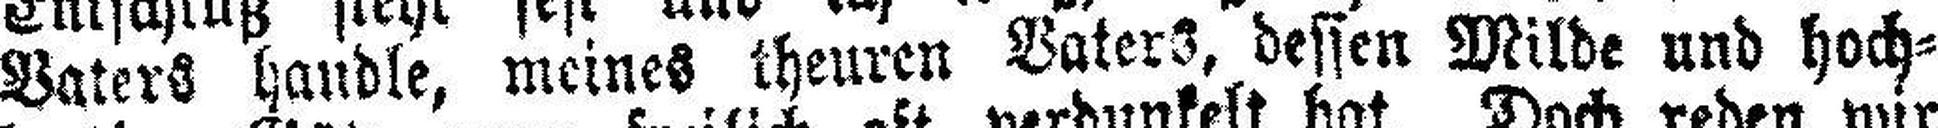
Vaters handle, meines theuren Vaters, dessen Milde und hoch¬